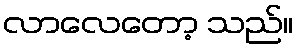
လာလေတော့ သည်။